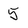
Character: 5